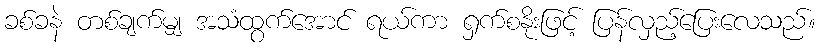
ခစ်ခနဲ တစ်ချက်မျှ အသံထွက်အောင် ရယ်ကာ ရှက်စနိုးဖြင့် ပြန်လှည့်ပြေးလေသည်။